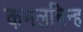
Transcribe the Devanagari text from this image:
कमलचिन्ह